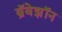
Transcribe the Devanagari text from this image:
ब्रॅबेझॉन